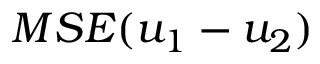
M S E ( u _ { 1 } - u _ { 2 } )